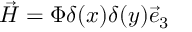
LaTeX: \vec { { \cal H } } = \Phi \delta ( x ) \delta ( y ) \vec { e } _ { 3 }